Statistics compiled by the Government of India from the reports of provincial Civil Veterinary Departments
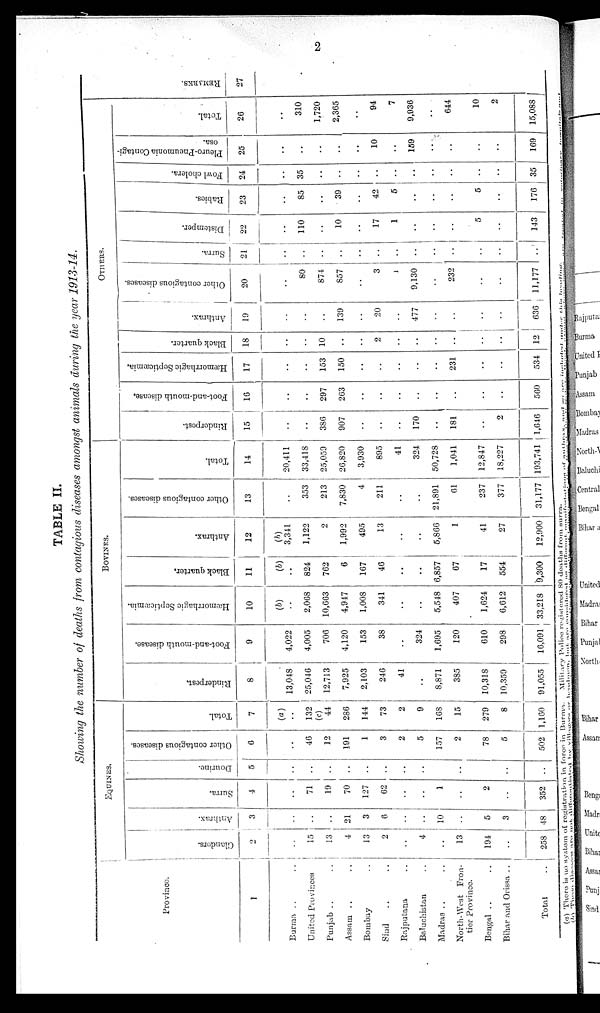
2
TABLE II.
Showing the number of deaths from contagious diseases amongst animals during the year 1913-14.
Province.
1
Burma .. ..
United Provinces
Punjab .. ..
Assam .. ..
Bombay ..
Sind .. ..
Rajputana ..
Baluchistan ..
Madras .. ..
North-West Fron-
tier Province.
Bengal .. ..
Bihar and Orissa ..
Total ..
EQUINES.
Glanders.
2
..
15
13
4
13
2
..
4
..
13
194
..
258
Anthrax.
3
..
..
..
21
3
6
..
..
10
..
5
3
48
Surra.
4
..
71
19
70
127
62
..
..
1
..
2
..
352
Do urine.
5
..
..
..
..
..
..
..
..
..
..
..
..
Other contagious diseases.
6
..
46
12
101
1
3
2
5
157
2
78
5
502
Total.
7
(a)
..
132
44
286
144
73
2
9
168
15
279
8
1,160
BOVINES.
Rinderpest,
8
13,048
25,046
12,713
7,925
2,103
246
41
..
8,871
385
10,318
10,359
91,055
Foot-and-mouth disease.
9
4,022
4,005
706
4,120
153
38
..
324
1,695
120
610
298
16,091
Hæmorrhagic Septicæmia.
10
(b)
..
2,068
10,663
4,947
1,008
341
..
..
5,548
407
1,624
6,612
33,218
Black quarter.
11
(b)
..
824
762
6
167
46
..
..
6,857
67
17
554
9,300
Anthrax.
12
(b)
3,341
1,122
2
1,992
495
13
..
..
5,866
1
41
27
12,900
Other contagious diseases.
13
..
353
213
7,830
4
211
..
..
21,891
61
237
377
31,177
Total.
14
20,411
33,418
25,059
26,820
3,930
895
41
324
50,728
1,041
12,847
18,227
193,741
OTHERS.
Rinderpest.
15
..
..
386
907
..
..
..
170
..
181
..
2
1,646
Foot-and-mouth disease.
16
..
..
297
263
..
..
..
..
..
..
..
..
560
Hæmorrhagic Septicæmia.
17
..
..
153
150
..
..
..
..
..
231
..
..
534
Black quarter.
18
..
..
10
..
..
2
..
..
..
..
..
..
12
Anthrax.
19
..
..
..
139
..
20
..
477
..
..
..
..
636
Other contagious diseases.
20
..
80
874
857
..
3
1
9,130
..
232
..
..
11,177
Surra.
21
..
..
..
..
..
..
..
..
..
..
..
Distemper.
22
..
110
..
10
..
17
1
..
..
..
5
..
143
Rabies.
23
..
85
..
39
..
42
5
..
..
..
5
..
176
Fowl cholera.
24
..
35
..
..
..
..
..
..
..
..
..
35
Pleuro-Pneumonia Contagi-
osa.
25
..
..
..
..
..
10
..
159
..
..
..
..
169
Total.
26
..
310
1,720
2,365
..
94
7
9,936
..
644
10
2
15,088
REMARKS.
27
(a) There is no system of registration in force in Burma.
Military Polico registered
80 deaths from surra.